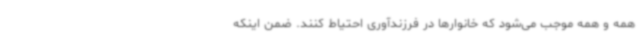
همه و همه موجب می‌شود که خانوارها در فرزندآوری احتیاط کنند. ضمن اینکه